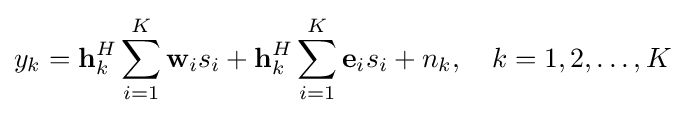
y_{k}=\mathbf {h} _{k}^{H}\sum _{i=1}^{K}\mathbf {w} _{i}s_{i}+\mathbf {h} _{k}^{H}\sum _{i=1}^{K}\mathbf {e} _{i}s_{i}+n_{k},\quad k=1,2,\ldots ,K